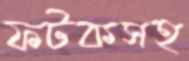
ফটকসহ